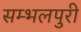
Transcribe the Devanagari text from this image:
सम्भलपुरी